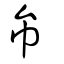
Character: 彞